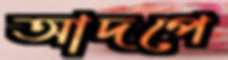
আদপে